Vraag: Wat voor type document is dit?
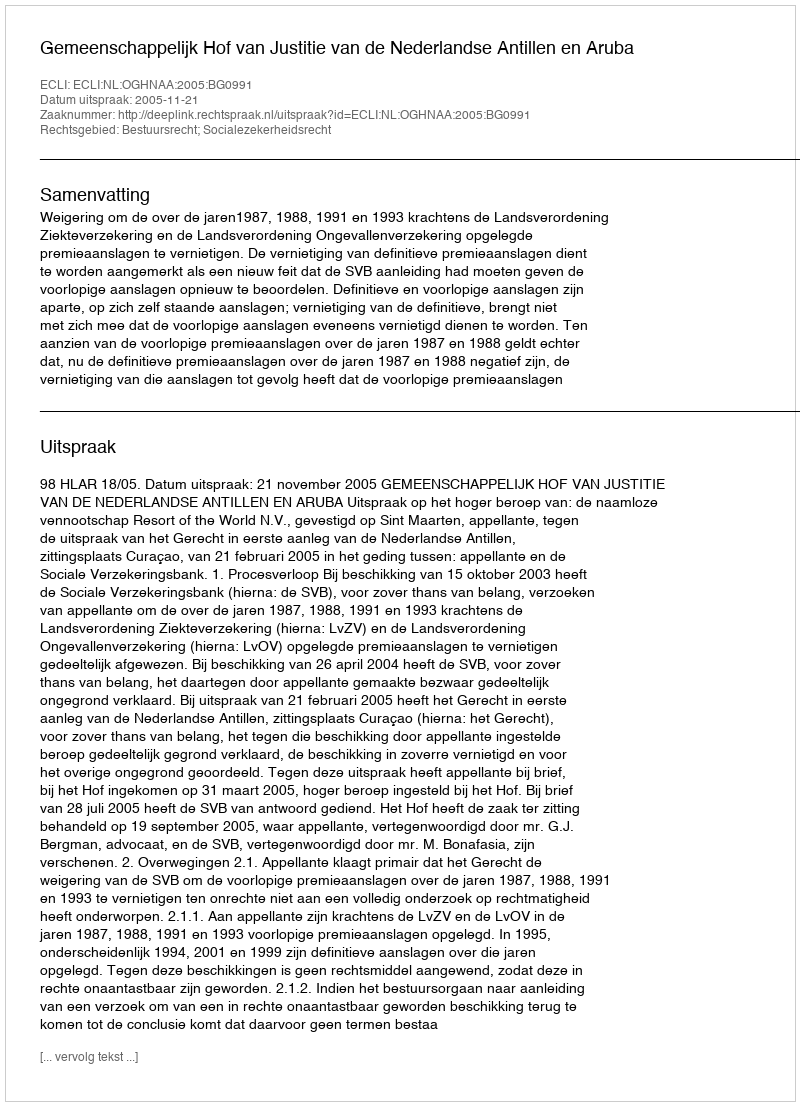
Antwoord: Uitspraak